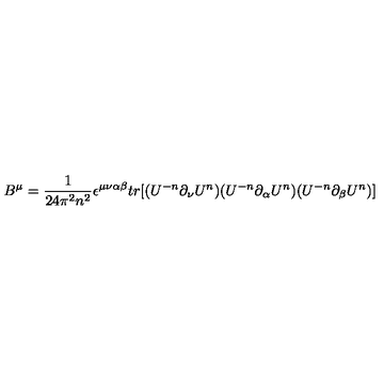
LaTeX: B ^ { \mu } = \frac { 1 } { 2 4 \pi ^ { 2 } n ^ { 2 } } \epsilon ^ { \mu \nu \alpha \beta } t r [ ( U ^ { - n } \partial _ { \nu } U ^ { n } ) ( U ^ { - n } \partial _ { \alpha } U ^ { n } ) ( U ^ { - n } \partial _ { \beta } U ^ { n } ) ]